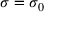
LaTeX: \sigma = \sigma _ { 0 }